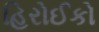
હિરોઈકો